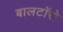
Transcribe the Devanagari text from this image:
बालटॉरो